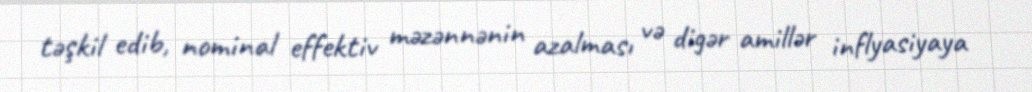
təşkil edib, nominal effektiv məzənnənin azalması və digər amillər inflyasiyaya